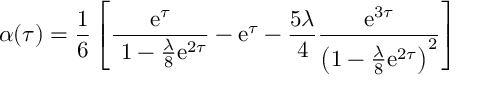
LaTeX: \alpha ( \tau ) = { \frac { 1 } { 6 } } \left[ { \frac { \mathrm { e } ^ { \tau } } { \ 1 - { \frac { \lambda } { 8 } } \mathrm { e } ^ { 2 \tau } } } - \mathrm { e } ^ { \tau } - { \frac { 5 \lambda } { 4 } } { \frac { \mathrm { e } ^ { 3 \tau } } { \left( 1 - { \frac { \lambda } { 8 } } \mathrm { e } ^ { 2 \tau } \right) ^ { 2 } } } \right]